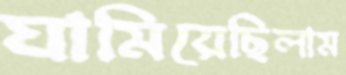
ঘামিয়েছিলাম